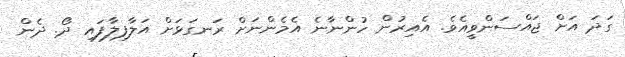
ގަދަ އަށް ޖައްސަންވީއެވެ. އެއިރުން ހުންނާނެ އެމެންނަށް ރަނގަޅަށް އަލާފިލާފައި ދޯ. ދެން